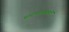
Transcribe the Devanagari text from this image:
पादपरसायनों